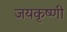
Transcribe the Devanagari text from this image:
जयकृष्णी